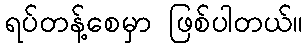
ရပ်တန့်စေမှာ ဖြစ်ပါတယ်။